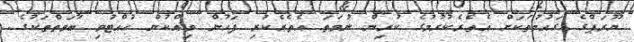
ޔޫރަޕްގެ ގައުމުތަކަށް އެތެރެކުރުމުގެ ކުރިން ނުވަތަ އެތެރެކުރި ފަހުން ވިއްކުން ހުއްޓުވި ބާވަތްތަކުގެ